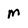
Character: M